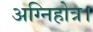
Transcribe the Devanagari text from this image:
अग्निहोत्र।